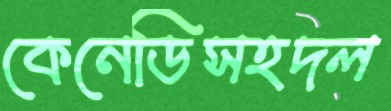
কেনেডিসহদল